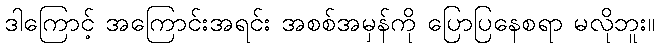
ဒါကြောင့် အကြောင်းအရင်း အစစ်အမှန်ကို ပြောပြနေစရာ မလိုဘူး။